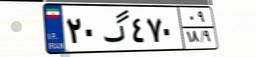
۲۰گ۴۷۰۰۹